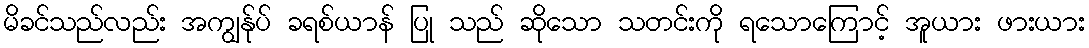
မိခင်သည်လည်း အကျွန်ုပ် ခရစ်ယာန် ပြု သည် ဆိုသော သတင်းကို ရသောကြောင့် အူယား ဖားယား